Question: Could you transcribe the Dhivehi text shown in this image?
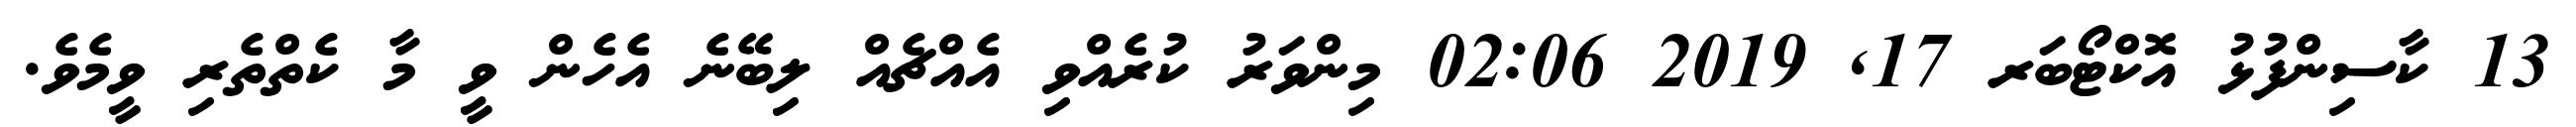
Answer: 13 ކާސިންފުޅު އޮކްޓޯބަރ 17, 2019 02:06 މިންވަރު ކުރެއްވި އެއްޗެއް ލިބޭނެ އެހެން ވީ މާ ކެތްތެރި ވީމެވެ.